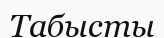
Табысты